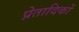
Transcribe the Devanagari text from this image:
प्रेतादिकों